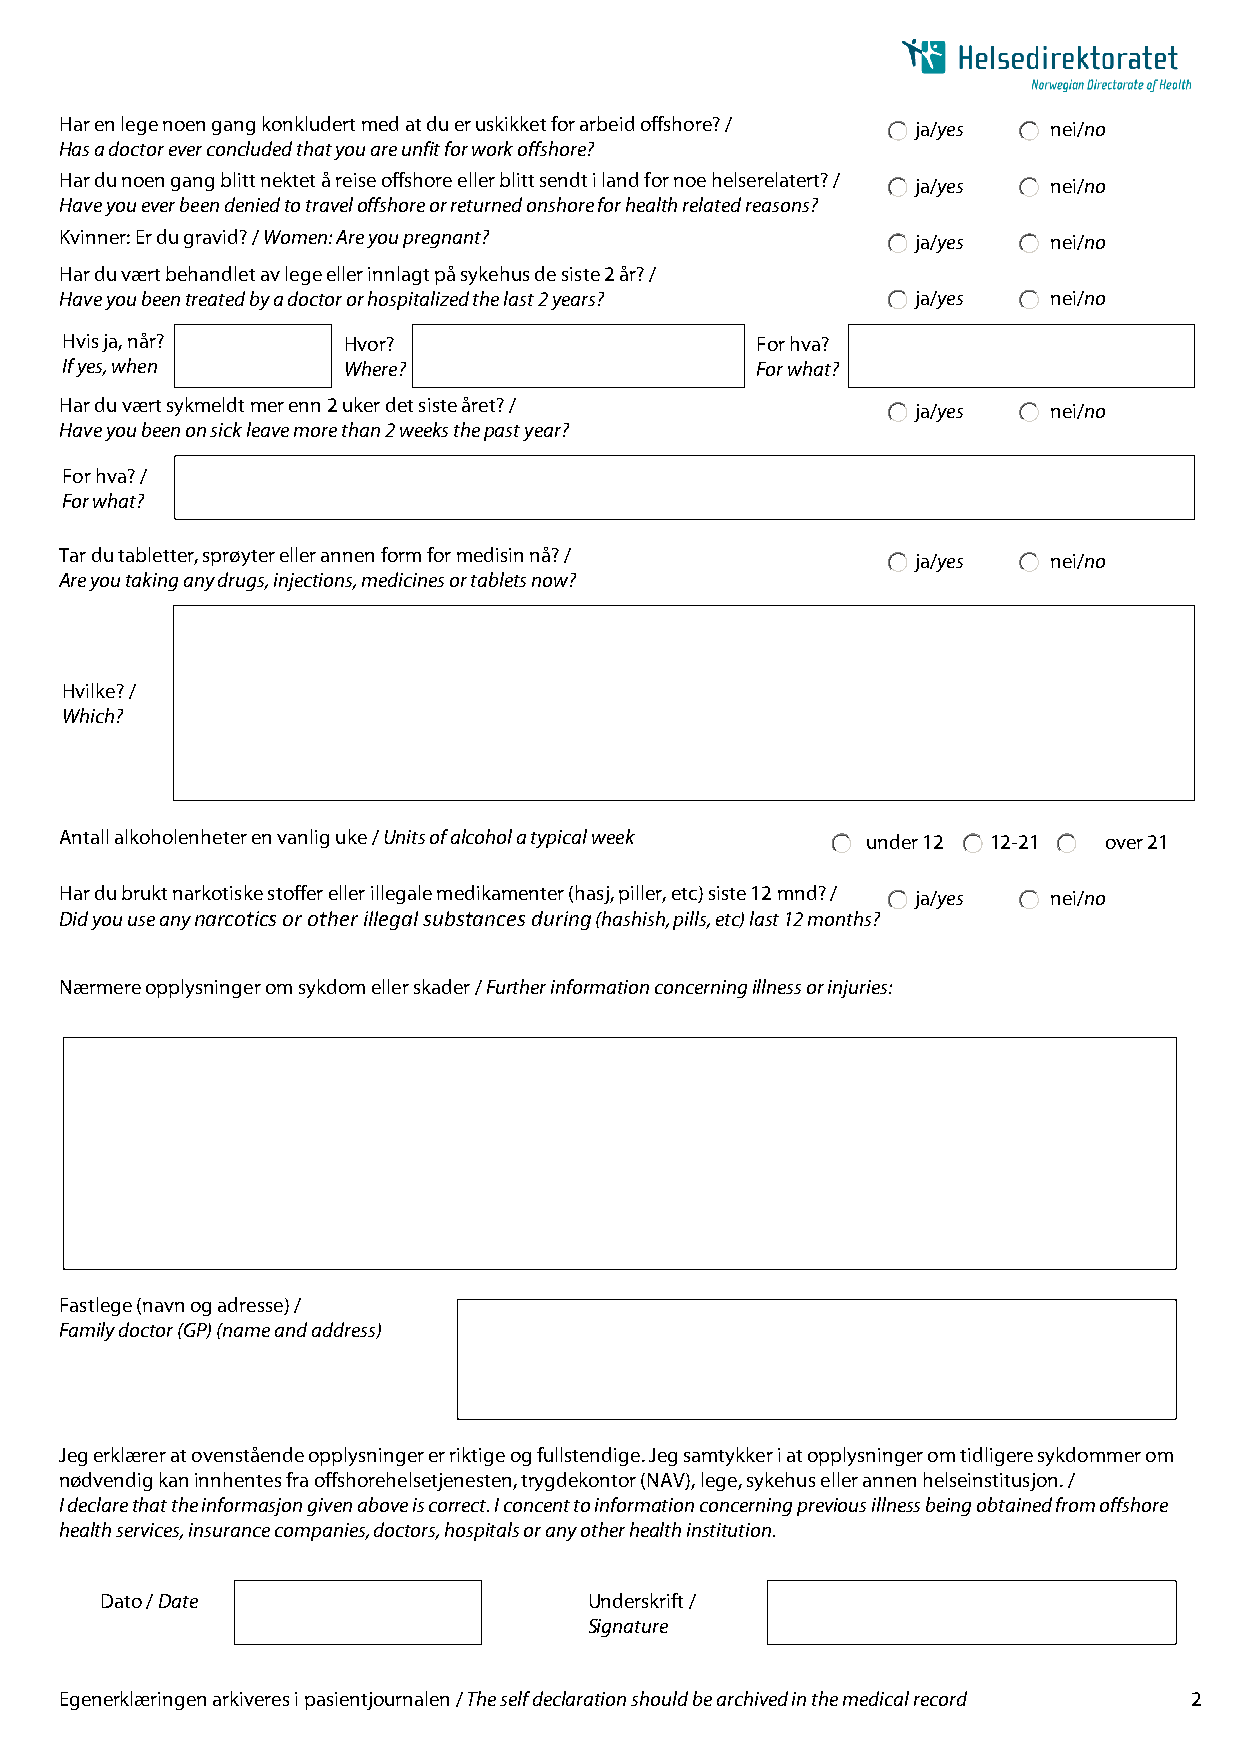
Har en lege noen gang konkludert med at du er uskikket for arbeid offshore? / ja/yes nei/no
 Has a doctor ever concluded that you are unfit for work offshore?
 Har du noen gang blitt nektet å reise offshore eller blitt sendt i land for noe helserelatert? / ja/yes nei/no
 Have you ever been denied to travel offshore or returned onshore for health related reasons?
 Kvinner: Er du gravid? / Women: Are you pregnant?        ja/yes  nei/no
 Har du vært behandlet av lege eller innlagt på sykehus de siste 2 år? /
 Have you been treated by a doctor or hospitalized the last 2 years? ja/yes nei/no
 Hvis ja, når?      Hvor?                      For hva?
 If yes, when       Where?                     For what?
 Har du vært sykmeldt mer enn 2 uker det siste året? /    ja/yes  nei/no
 Have you been on sick leave more than 2 weeks the past year?
 For hva? /
 For what?
 Tar du tabletter, sprøyter eller annen form for medisin nå? / ja/yes nei/no
 Are you taking any drugs, injections, medicines or tablets now?
 Hvilke? /
 Which?
 Antall alkoholenheter en vanlig uke / Units of alcohol a typical week under 12 12-21 over 21
 Har du brukt narkotiske stoffer eller illegale medikamenter (hasj, piller, etc) siste 12 mnd? / ja/yes nei/no
 Did you use any narcotics or other illegal substances during (hashish, pills, etc) last 12 months?
 Nærmere opplysninger om sykdom eller skader / Further information concerning illness or injuries:
 Fastlege (navn og adresse) /
 Family doctor (GP) (name and address)
 Jeg erklærer at ovenstående opplysninger er riktige og fullstendige. Jeg samtykker i at opplysninger om tidligere sykdommer om
 nødvendig kan innhentes fra offshorehelsetjenesten, trygdekontor (NAV), lege, sykehus eller annen helseinstitusjon. /
 I declare that the informasjon given above is correct. I concent to information concerning previous illness being obtained from offshore
 health services, insurance companies, doctors, hospitals or any other health institution.
 Dato / Date                     Underskrift /
 Signature
 Egenerklæringen arkiveres i pasientjournalen / The self declaration should be archived in the medical record 2